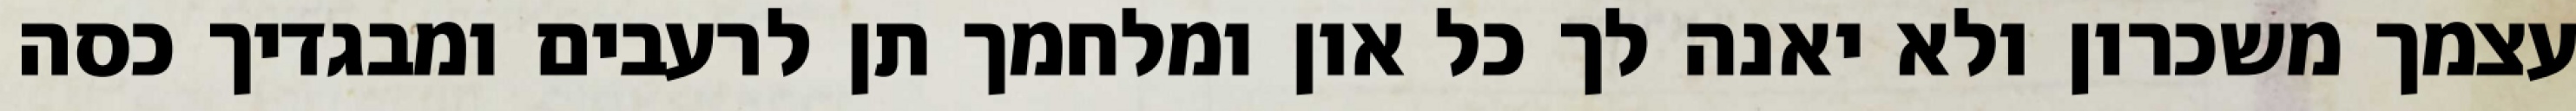
עצמך משכרון ולא יאנה לך כל און ומלחמך תן לרעבים ומבגדיך כסה